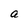
Character: a